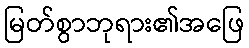
မြတ်စွာဘုရား၏အဖြေ